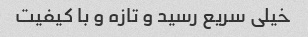
خیلی سریع رسید و تازه و با کیفیت